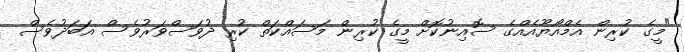
"މީގެ ކުރިން އެމްއޯޔޫއެއްގެ ސޮއިނުކޮށް މީގެ ކުރިން މަސައްކަތް ކުރި ދުވަސްވަރުވެސް އަބަދުވެސް